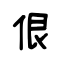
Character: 佷